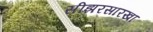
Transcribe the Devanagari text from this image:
सीझरसारखा